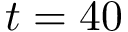
t = 4 0